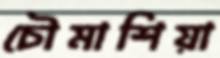
চৌমাশিয়া